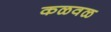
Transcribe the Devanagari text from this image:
कळवळ